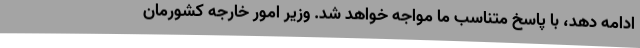
ادامه دهد، با پاسخ متناسب ما مواجه خواهد شد. وزیر امور خارجه کشورمان